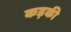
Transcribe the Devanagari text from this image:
कड़की